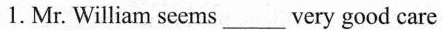
1.Mr. William seems___very good care